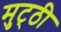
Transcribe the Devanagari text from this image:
मुट्‌ठी